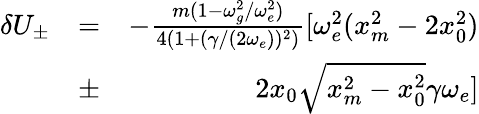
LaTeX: \begin{array}{rlr}{\delta U_{\pm}}&{=}&{-\frac{m(1-\omega_{g}^{2}/\omega_{e}^{2})}{4(1+(\gamma/(2\omega_{e}))^{2})}[\omega_{e}^{2}(x_{m}^{2}-2x_{0}^{2})}\\ &{\pm}&{2x_{0}\sqrt{x_{m}^{2}-x_{0}^{2}}\gamma\omega_{e}]}\end{array}